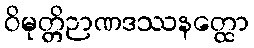
ဝိမုတ္တိဉာဏဒဿနတ္ထော